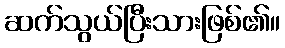
ဆက်သွယ်ပြီးသားဖြစ်၏။